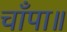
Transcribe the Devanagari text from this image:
चाँपा॥